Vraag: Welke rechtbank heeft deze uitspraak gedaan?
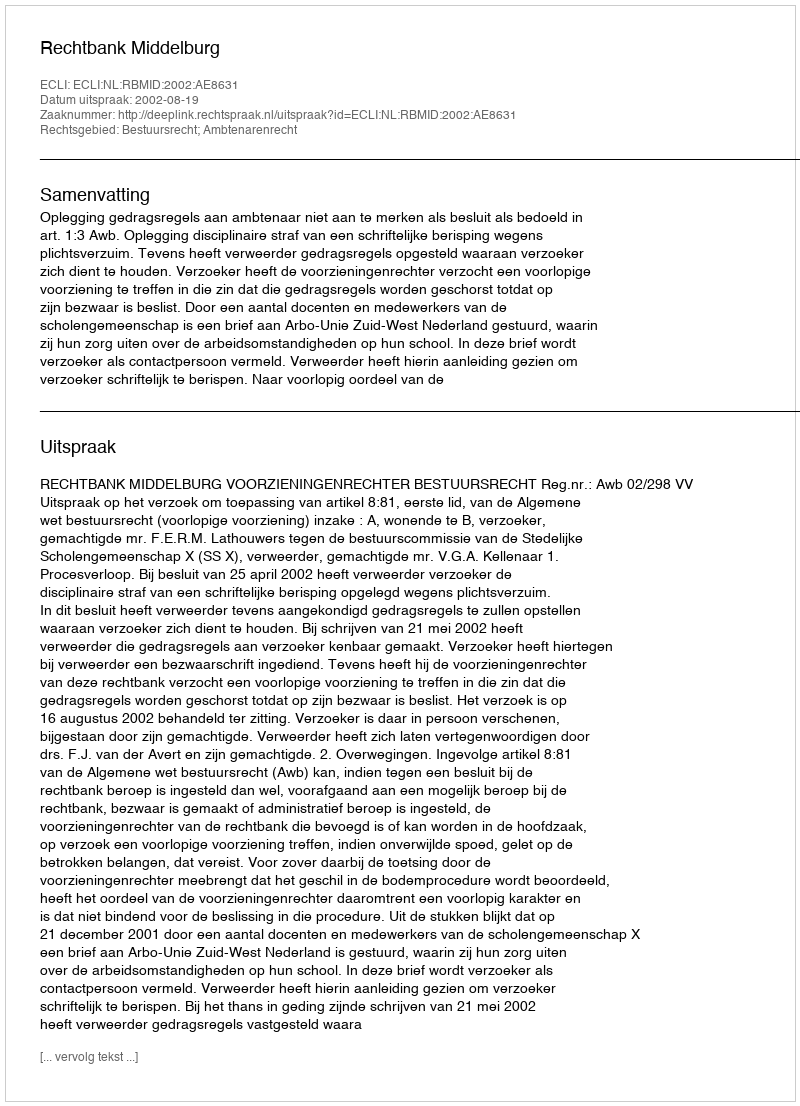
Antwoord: Rechtbank Middelburg